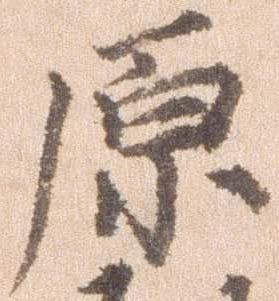
原